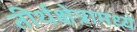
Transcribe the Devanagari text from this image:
तीर्थक्षेत्रामध्ये